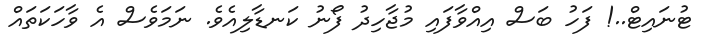
ޓުނައިޓް..! ފަހު ބަސް އިއްވާފައި މުޖާހިދު ފޯނު ކަނޑާލިއެވެ. ނަމަވެސް އެ ވާހަކަތައް